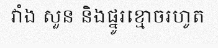
វាំង សួន និងផ្នូរខ្មោចរហូត